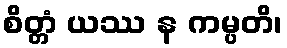
စိတ္တံ ယဿ န ကမ္ပတိ၊